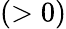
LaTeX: (>0)